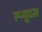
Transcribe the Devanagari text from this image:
स्प्यूटम